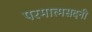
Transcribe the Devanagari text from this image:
परमात्मसदनी